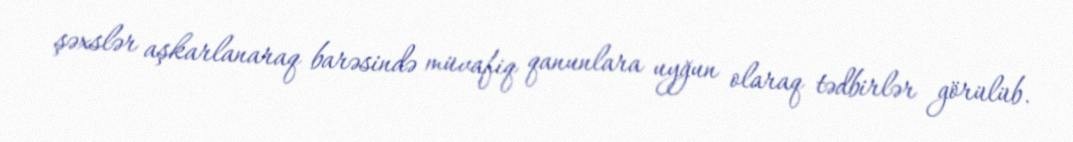
şəxslər aşkarlanaraq barəsində müvafiq qanunlara uyğun olaraq tədbirlər görülüb.